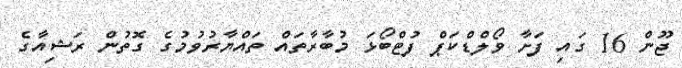
ޖޫން 16 ގައި ފަށާ ވޯލްޑްކަޕް ފުޓްބޯޅަ މުބާރާތައް ތައްޔާރުވުމުގެ ގޮތުން ރަޝިއާގެ